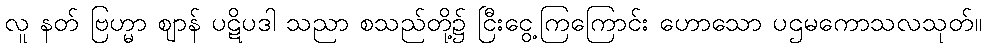
လူ နတ် ဗြဟ္မာ ဈာန် ပဋိပဒါ သညာ စသည်တို့၌ ငြီးငွေ့ကြကြောင်း ဟောသော ပဌမကောသလသုတ်။